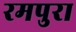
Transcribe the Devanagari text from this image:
रमपुरा